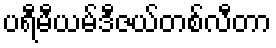
ပရီမီယမ်ဒီဇယ်တစ်လီတာ